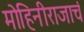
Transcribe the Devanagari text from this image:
मोहिनीराजाचं